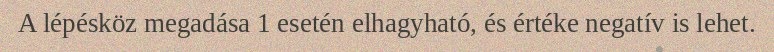
A lépésköz megadása 1 esetén elhagyható, és értéke negatív is lehet.